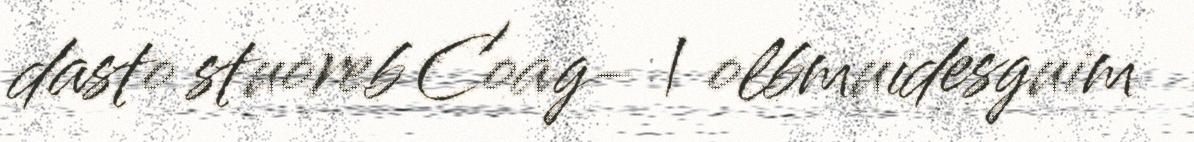
dasto stuoreb Coag- | olbmuidesguim